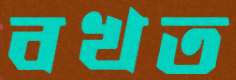
বখত